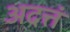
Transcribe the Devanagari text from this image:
अदत्तं